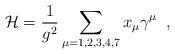
LaTeX: \begin{align*}{\cal H} = \frac{1}{g^2} \sum_{\mu=1,2,3,4,7} x_{\mu} \gamma^{\mu} \;\;,\end{align*}